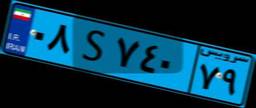
۳۷S۱۰۵۵۳